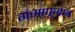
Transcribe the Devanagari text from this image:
गंगापूजन